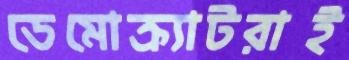
ডেমোক্র্যাটরাই